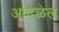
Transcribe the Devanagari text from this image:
आदळेल